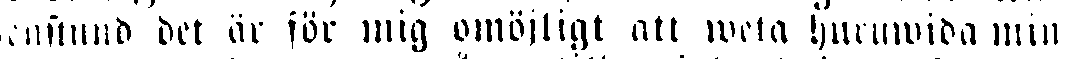
enstund det är för mig omöjligt att weta huruwida min